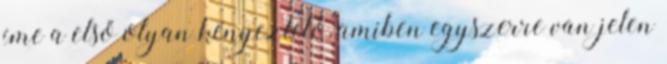
íme a első olyan kényeztető, amiben egyszerre van jelen